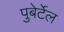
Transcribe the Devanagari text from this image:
पुबेर्टेल